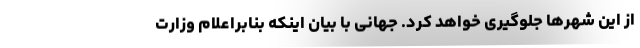
از این شهرها جلوگیری خواهد کرد. جهانی با بیان اینکه بنابراعلام وزارت